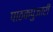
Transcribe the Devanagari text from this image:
पाठकपुजारी